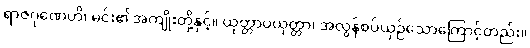
ရာဇဂုဏေဟိ၊ မင်း၏အကျိုးတို့နှင့်။ ယုတ္တာပယုတ္တာ၊ အလွန်စပ်ယှဉ်သောကြောင့်တည်း။